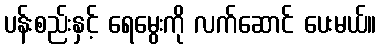
ပန်းစည်းနှင့် ရေမွေးကို လက်ဆောင် ပေးမယ်။